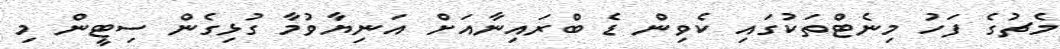
މެޗުގެ ފަހު މިނެޓްތަކުގައި ކެވިން ޑެ ބްރައިނާއަށް އަނިޔާވުމާ ގުޅިގެން ސިޓީން މި